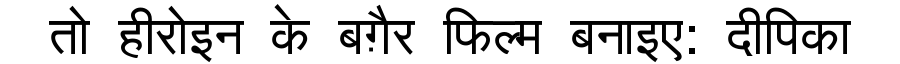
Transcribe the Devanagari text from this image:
तो हीरोइन के बग़ैर फिल्म बनाइए: दीपिका